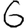
Digit: 6